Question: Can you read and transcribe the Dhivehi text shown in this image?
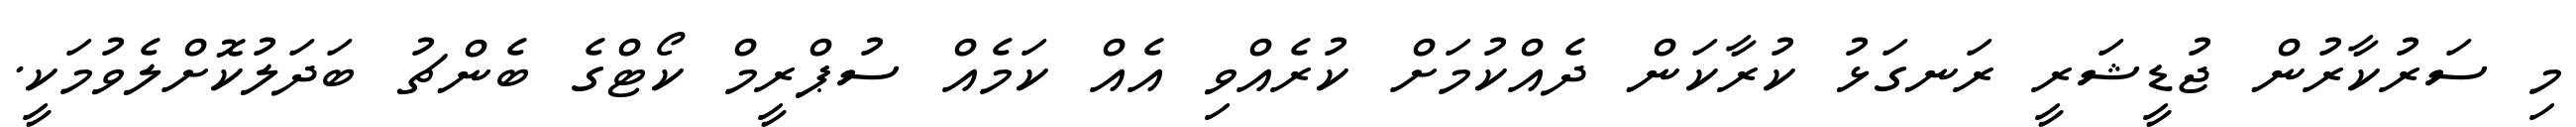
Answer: މި ސަރުކާރުން ޖުޑީޝަރީ ރަނގަޅު ކުރާކަން ދެއްކުމަށް ކުރެއްވި އެއް ކަމެއް ސުޕްރީމް ކޯޓްގެ ބެންޗު ބަދަލުކޮށްލެވުމަކީ.